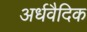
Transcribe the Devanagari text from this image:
अर्धवैदिक